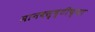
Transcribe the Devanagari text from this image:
मानवसृष्टीच्या